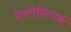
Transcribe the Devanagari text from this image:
देवतेप्रित्यर्थ